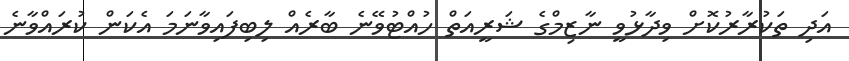
އަދި ތަކުރާރުކޮށް ވިދާޅުވީ ނާޒިމްގެ ޝަރީއަތް ހުއްޓުވޭނެ ބާރެއް ލިބިފައިވާނަަމަ އެކަން ކުރައްވާނެ